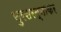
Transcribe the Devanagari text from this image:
सुरसरत्नाकर